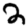
Digit: 2